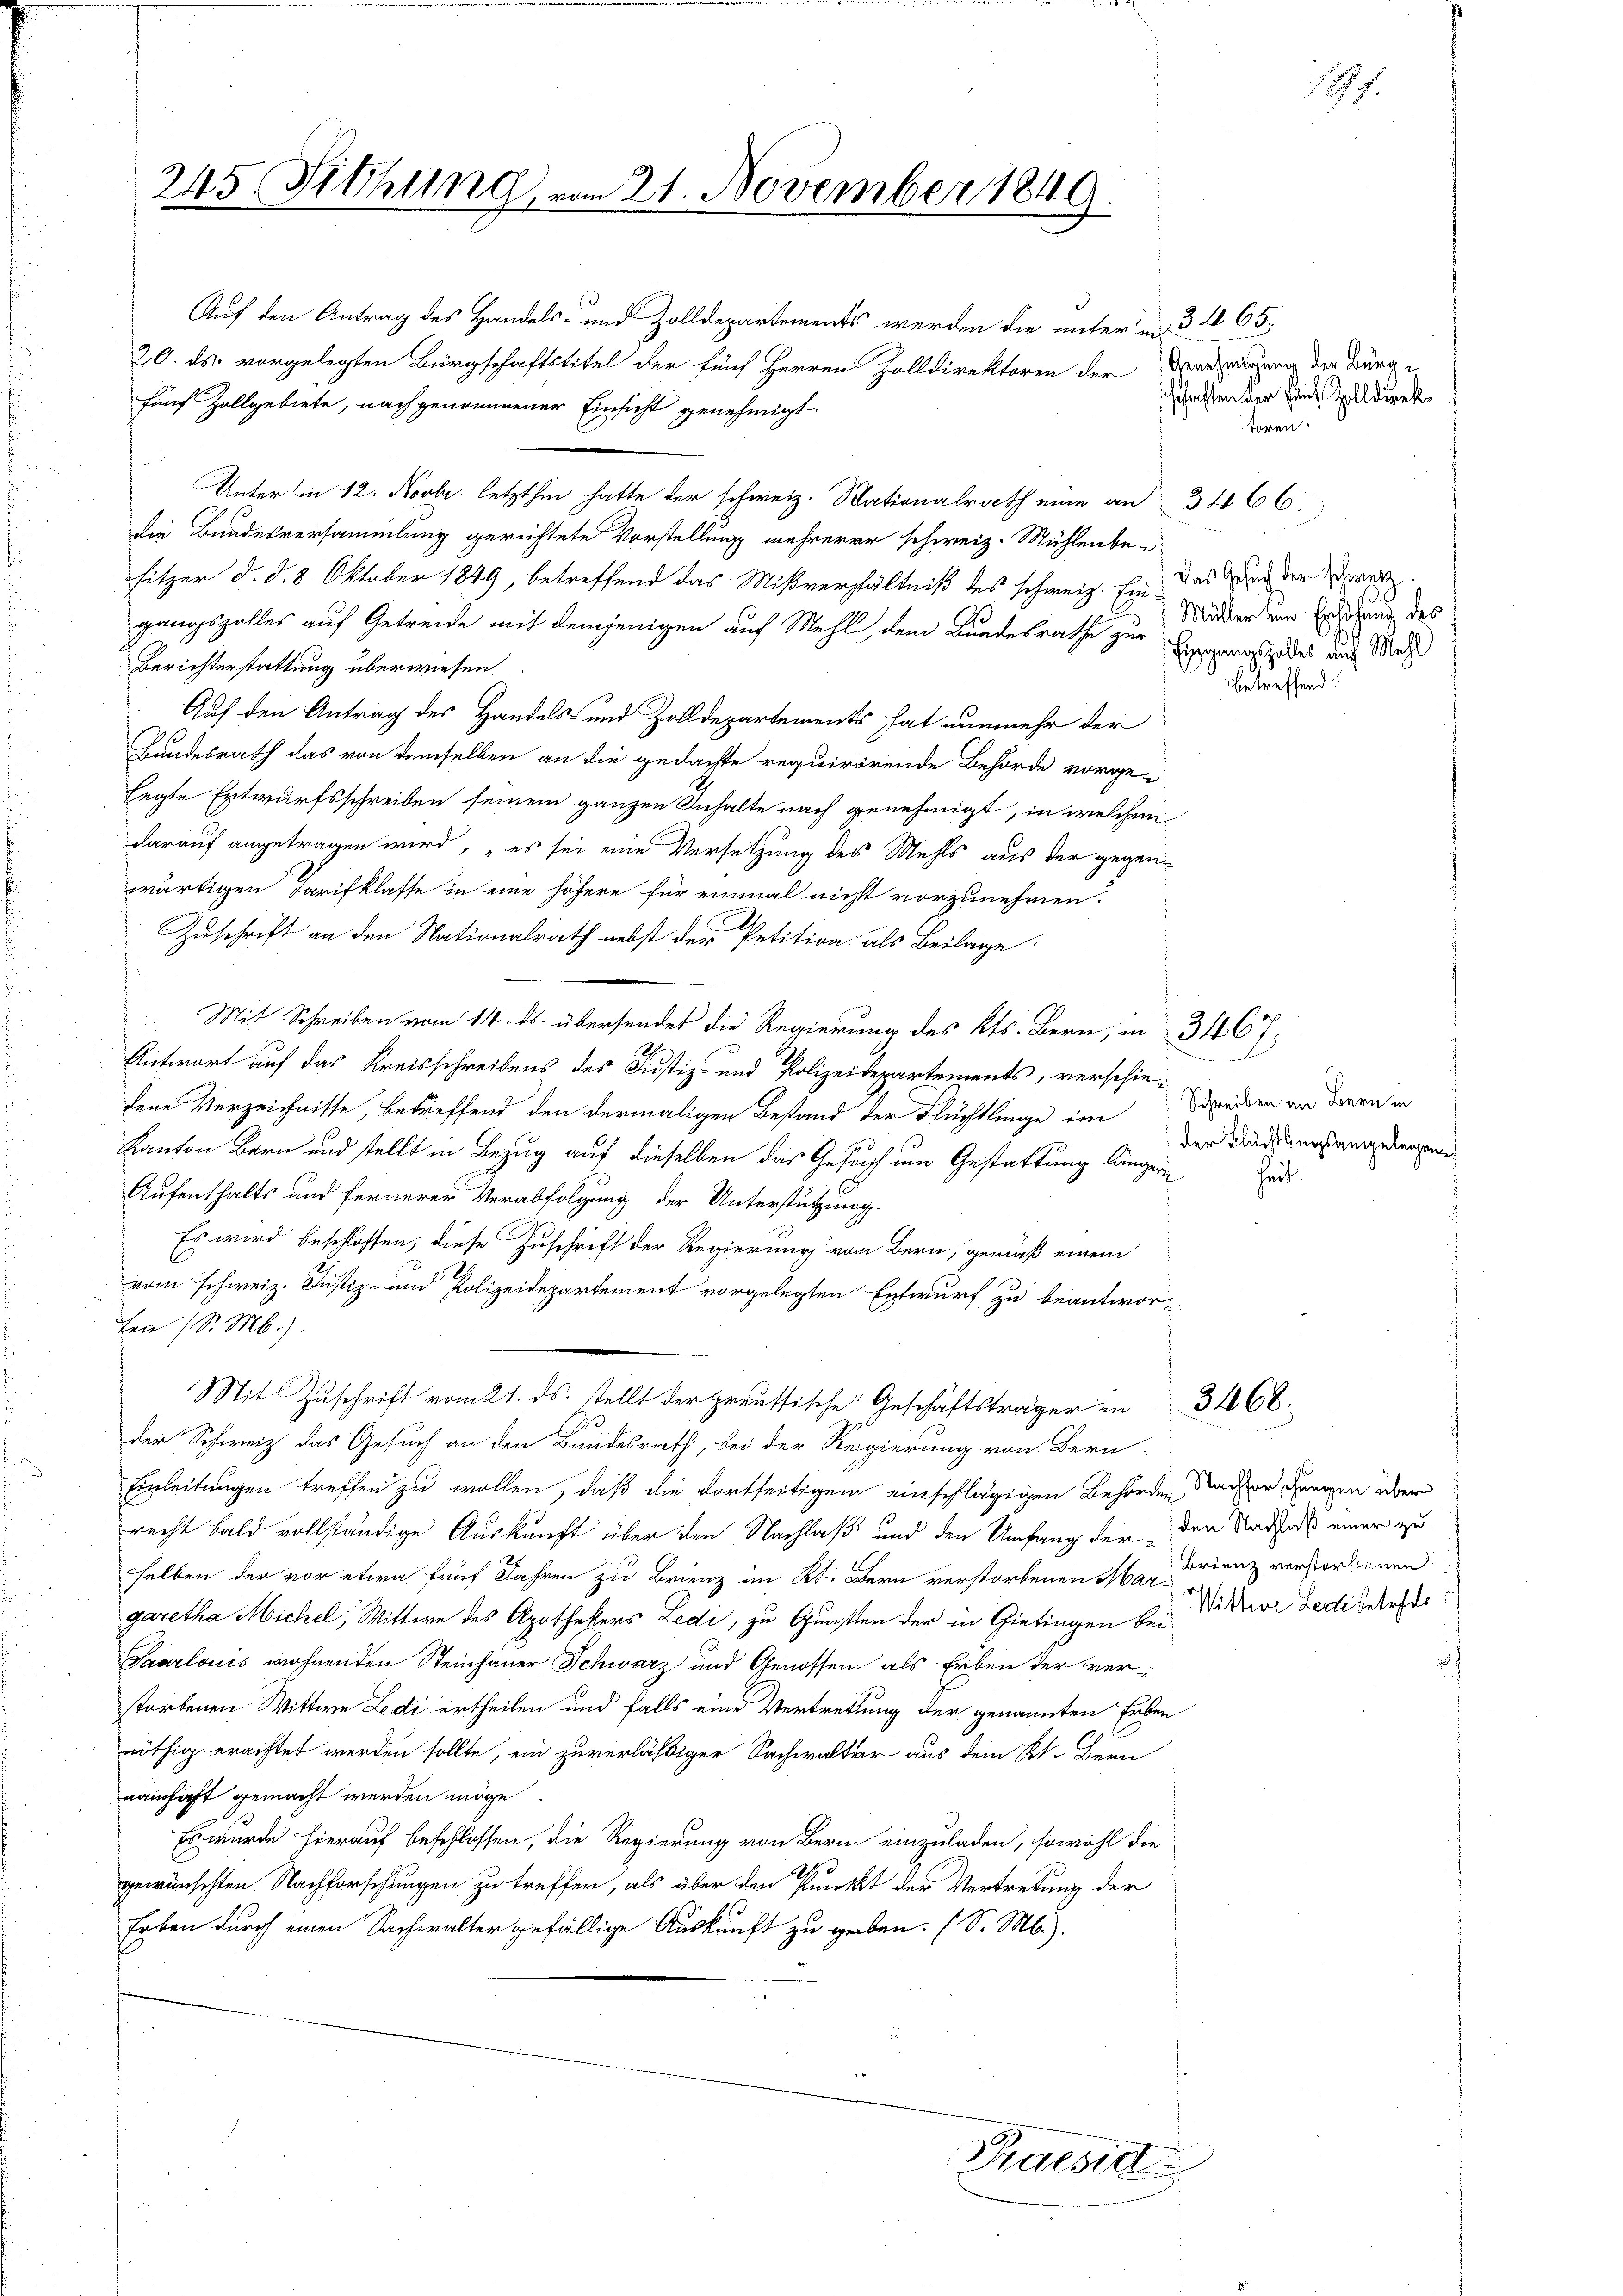
245. Sitzung vom 21. November 1849.

Auf den Antrag des Handels- und Zolldepartements werden die unterm 3. 465
20. ds. vorgelegten Bürgschaftstitel der fünf Herren Zolldirektoren der Verzigung der Bürge
fünf Zollgebiete, nach genommener Einsicht genehmigt.
Unter in 12. Novbr. letzthin hatte der schweiz. Nationalrath eine an
die Bundesversammlung gerichtete Vorstellung mehrerer schweiz. Mühlenbesitzer d. d. 8. Oktober 1849, betreffend das Mißverhältniß des schweiz. Ein das durch der wer
gangszolles auf Getreide mit demjenigen auf Mehl, dem Bundesrathe zur Sipperas zu des auch Mich
Berichterstattung überwiesen.
Auf den Antrag des Handels und Zolldepartements hat nunmehr der
Bundesrath das von demselben an die gedachte requirirende Behörde vorge-
legte Entwurfsschreiben seinem ganzen Inhalte nach genehmigt, in welchem
darauf angetragen wird, „es sei eine Versetzung des Mehls aus der gegenwärtigen Tarifklasse zu eine höhere für einmal nicht vorzunehmen.
Zuschrift an den Nationalrath nebst der Petition als Beilage
Mit Schreiben vom 14. ds. übersendet die Regierung des Kts. Bern, in 346 f.
Antwort auf das Kreisschreibens des Justiz- und Polizeikeppartements, verschiedene Verzeichnisse, betreffend den dermaligen Bestand der Flüchtlinge im Weiden an der in
Kanton Bern und stellt in Bezug auf dieselben das Gesuch um Gestattung längern
Aufenthalts und fernerer Verabfolgung der Unterstützung.
Es wird beschlossen, diese Zuschrift der Regierung von Bern, gemäß einem
vom schweiz. Justiz- und Polizeidepartement vorgelegten Entwurf zu beantworten (S. M.).
Mit Zuschrift vom 21. ds. stellt der preussische Geschäftsträger in 3168.
der Schweiz das Gesuch an den Bundesrath, bei der Regierung von Bern
Einleitungen treffen zu wollen, daß die dortseitigem einschlägigen Behörden Nacher Grenzen über
recht bald vollständige Auskunft über den Nachlaß und den Umfang der den Stadthat einer zu
selben der vor etwa fünf Jahren zu Brienz im Kt. Bern verstorbenen Mar Frienz verstorbenen
garetha Michel, Wittwe des Apothekers Ledi, zu Gunstten der in Gietingen bei Wittwe Ledigerecht
Saarlouis wohnenden Steinhauer Schwarz und Genossen als Erben der ver-
storbenen Wittwe Ledi ertheilen und falls eine Vertrettung der genannten Erben
nöthig erachtet werden sollte, ein zuverläßiger Sachwalter aus dem Kt. Bern
namhaft gemacht werden möge
Es wurde hierauf beschlossen, die Regierung von Bern einzuladen, sowohl die
h
gewünschten Nachforschungen zu treffen, als über den Punkt der Vertretung der
Erben durch einen Sachwalter gefällige Auskunft zu geben. (S. M.).

Praesid

schaften der Ein Zolldirektoren.

Müller zum Erhöhung des

3466.

betreffend:

f.

der Flüchtlingsangelegeng
heit.